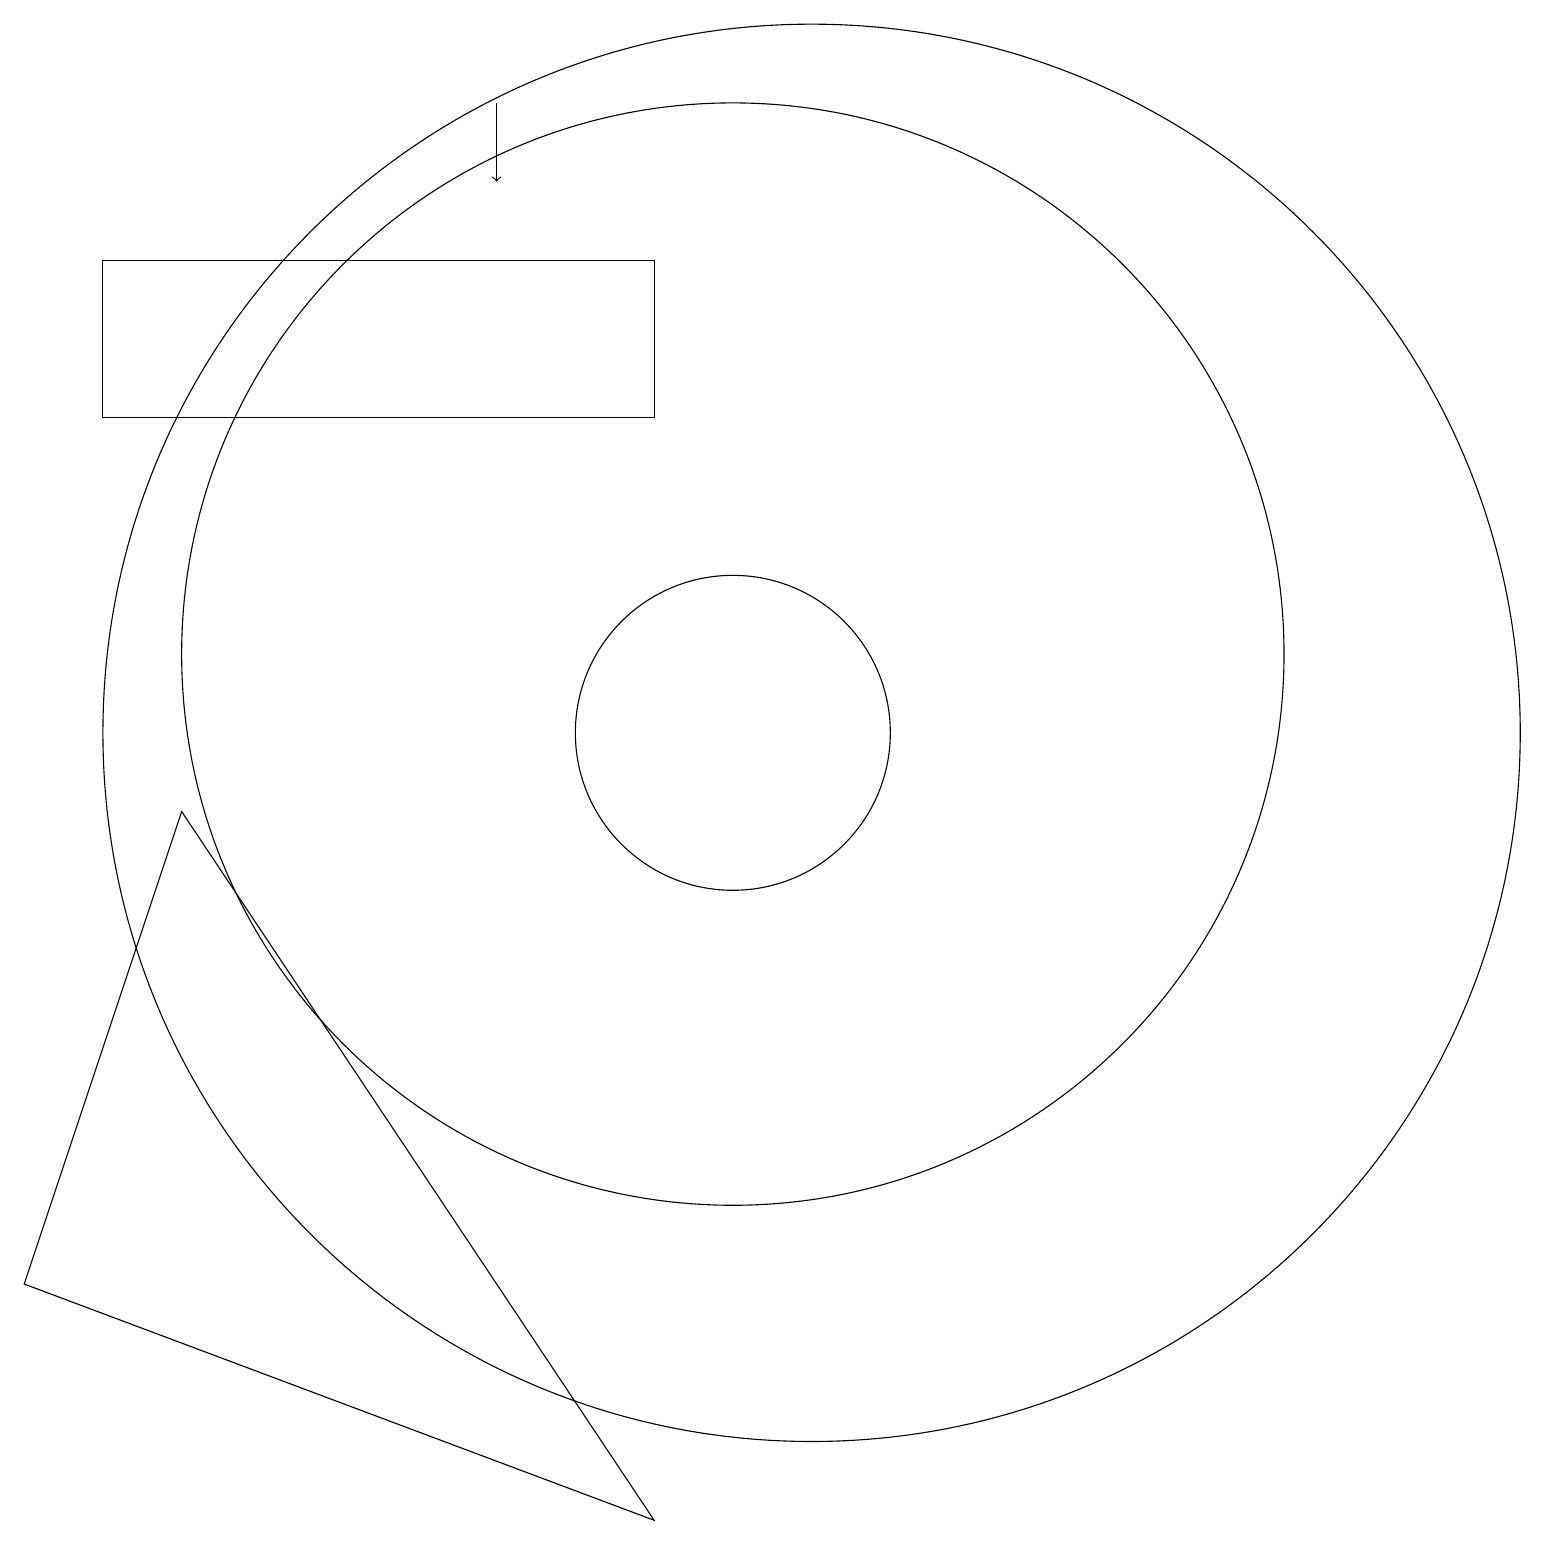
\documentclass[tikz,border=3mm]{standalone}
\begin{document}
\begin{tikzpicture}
\draw (10,10) circle (2);
\draw (9,0) -- (3,9) -- (1,3) -- cycle;
\draw (10,11) circle (7);
\draw (11,10) circle (9);
\draw[->] (7,18) -- (7,17);
\draw (2,16) rectangle (9,14);
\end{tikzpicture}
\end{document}